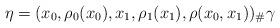
LaTeX: \begin{align*}\eta = (x_0,\rho_0(x_0),x_1,\rho_1(x_1), \rho(x_0,x_1))_{\#}\gamma \end{align*}